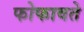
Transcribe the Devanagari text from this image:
फोफावते